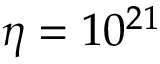
\eta = 1 0 ^ { 2 1 }